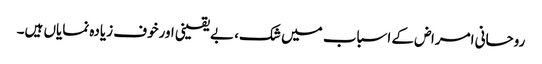
روحانی امراض کے اسباب میں شک، بے یقینی اورخوف زیادہ نمایاں ہیں۔